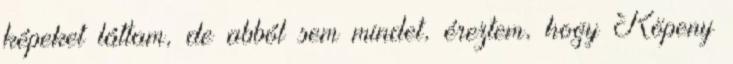
képeket láttam, de abból sem mindet, éreztem, hogy Köpeny